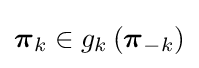
{\boldsymbol {\pi }}_{k}\in g_{k}\left({\boldsymbol {\pi }}_{-k}\right)